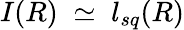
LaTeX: I(R)\; \simeq\; l_{sq}(R)